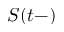
S ( t - )